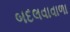
બદલવાવાળા